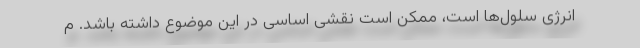
انرژی سلول‌ها است، ممکن است نقشی اساسی در این موضوع داشته باشد. م